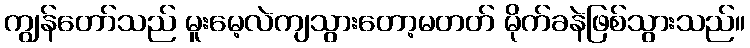
ကျွန်တော်သည် မူးမေ့လဲကျသွားတော့မတတ် မိုက်ခနဲဖြစ်သွားသည်။